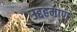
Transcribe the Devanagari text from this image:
उद्दहमाण